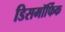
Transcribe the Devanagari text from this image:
डिसमॉर्फिक